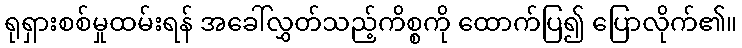
ရုရှားစစ်မှုထမ်းရန် အခေါ်လွှတ်သည့်ကိစ္စကို ထောက်ပြ၍ ပြောလိုက်၏။